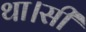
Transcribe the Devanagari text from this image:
था।सी